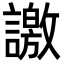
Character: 譤